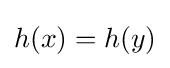
h(x)=h(y)